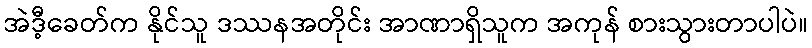
အဲဒီ့ခေတ်က နိုင်သူ ဒဿနအတိုင်း အာဏာရှိသူက အကုန် စားသွားတာပါပဲ။